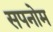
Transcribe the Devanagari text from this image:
सपनोम